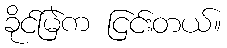
ခိုင်မြဲက ငြင်းတယ်။